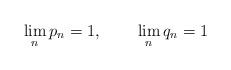
LaTeX: \begin{align*}\lim_{n}p_{n}=1,~~~~~~\lim_{n}q_{n}=1\end{align*}